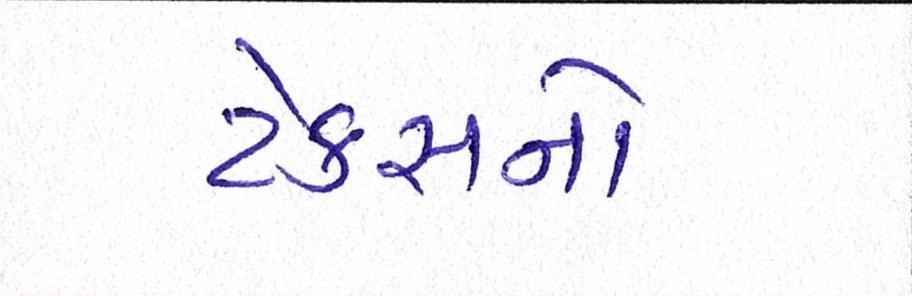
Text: ટેકસનો